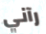
رآني